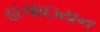
હવાઇયન